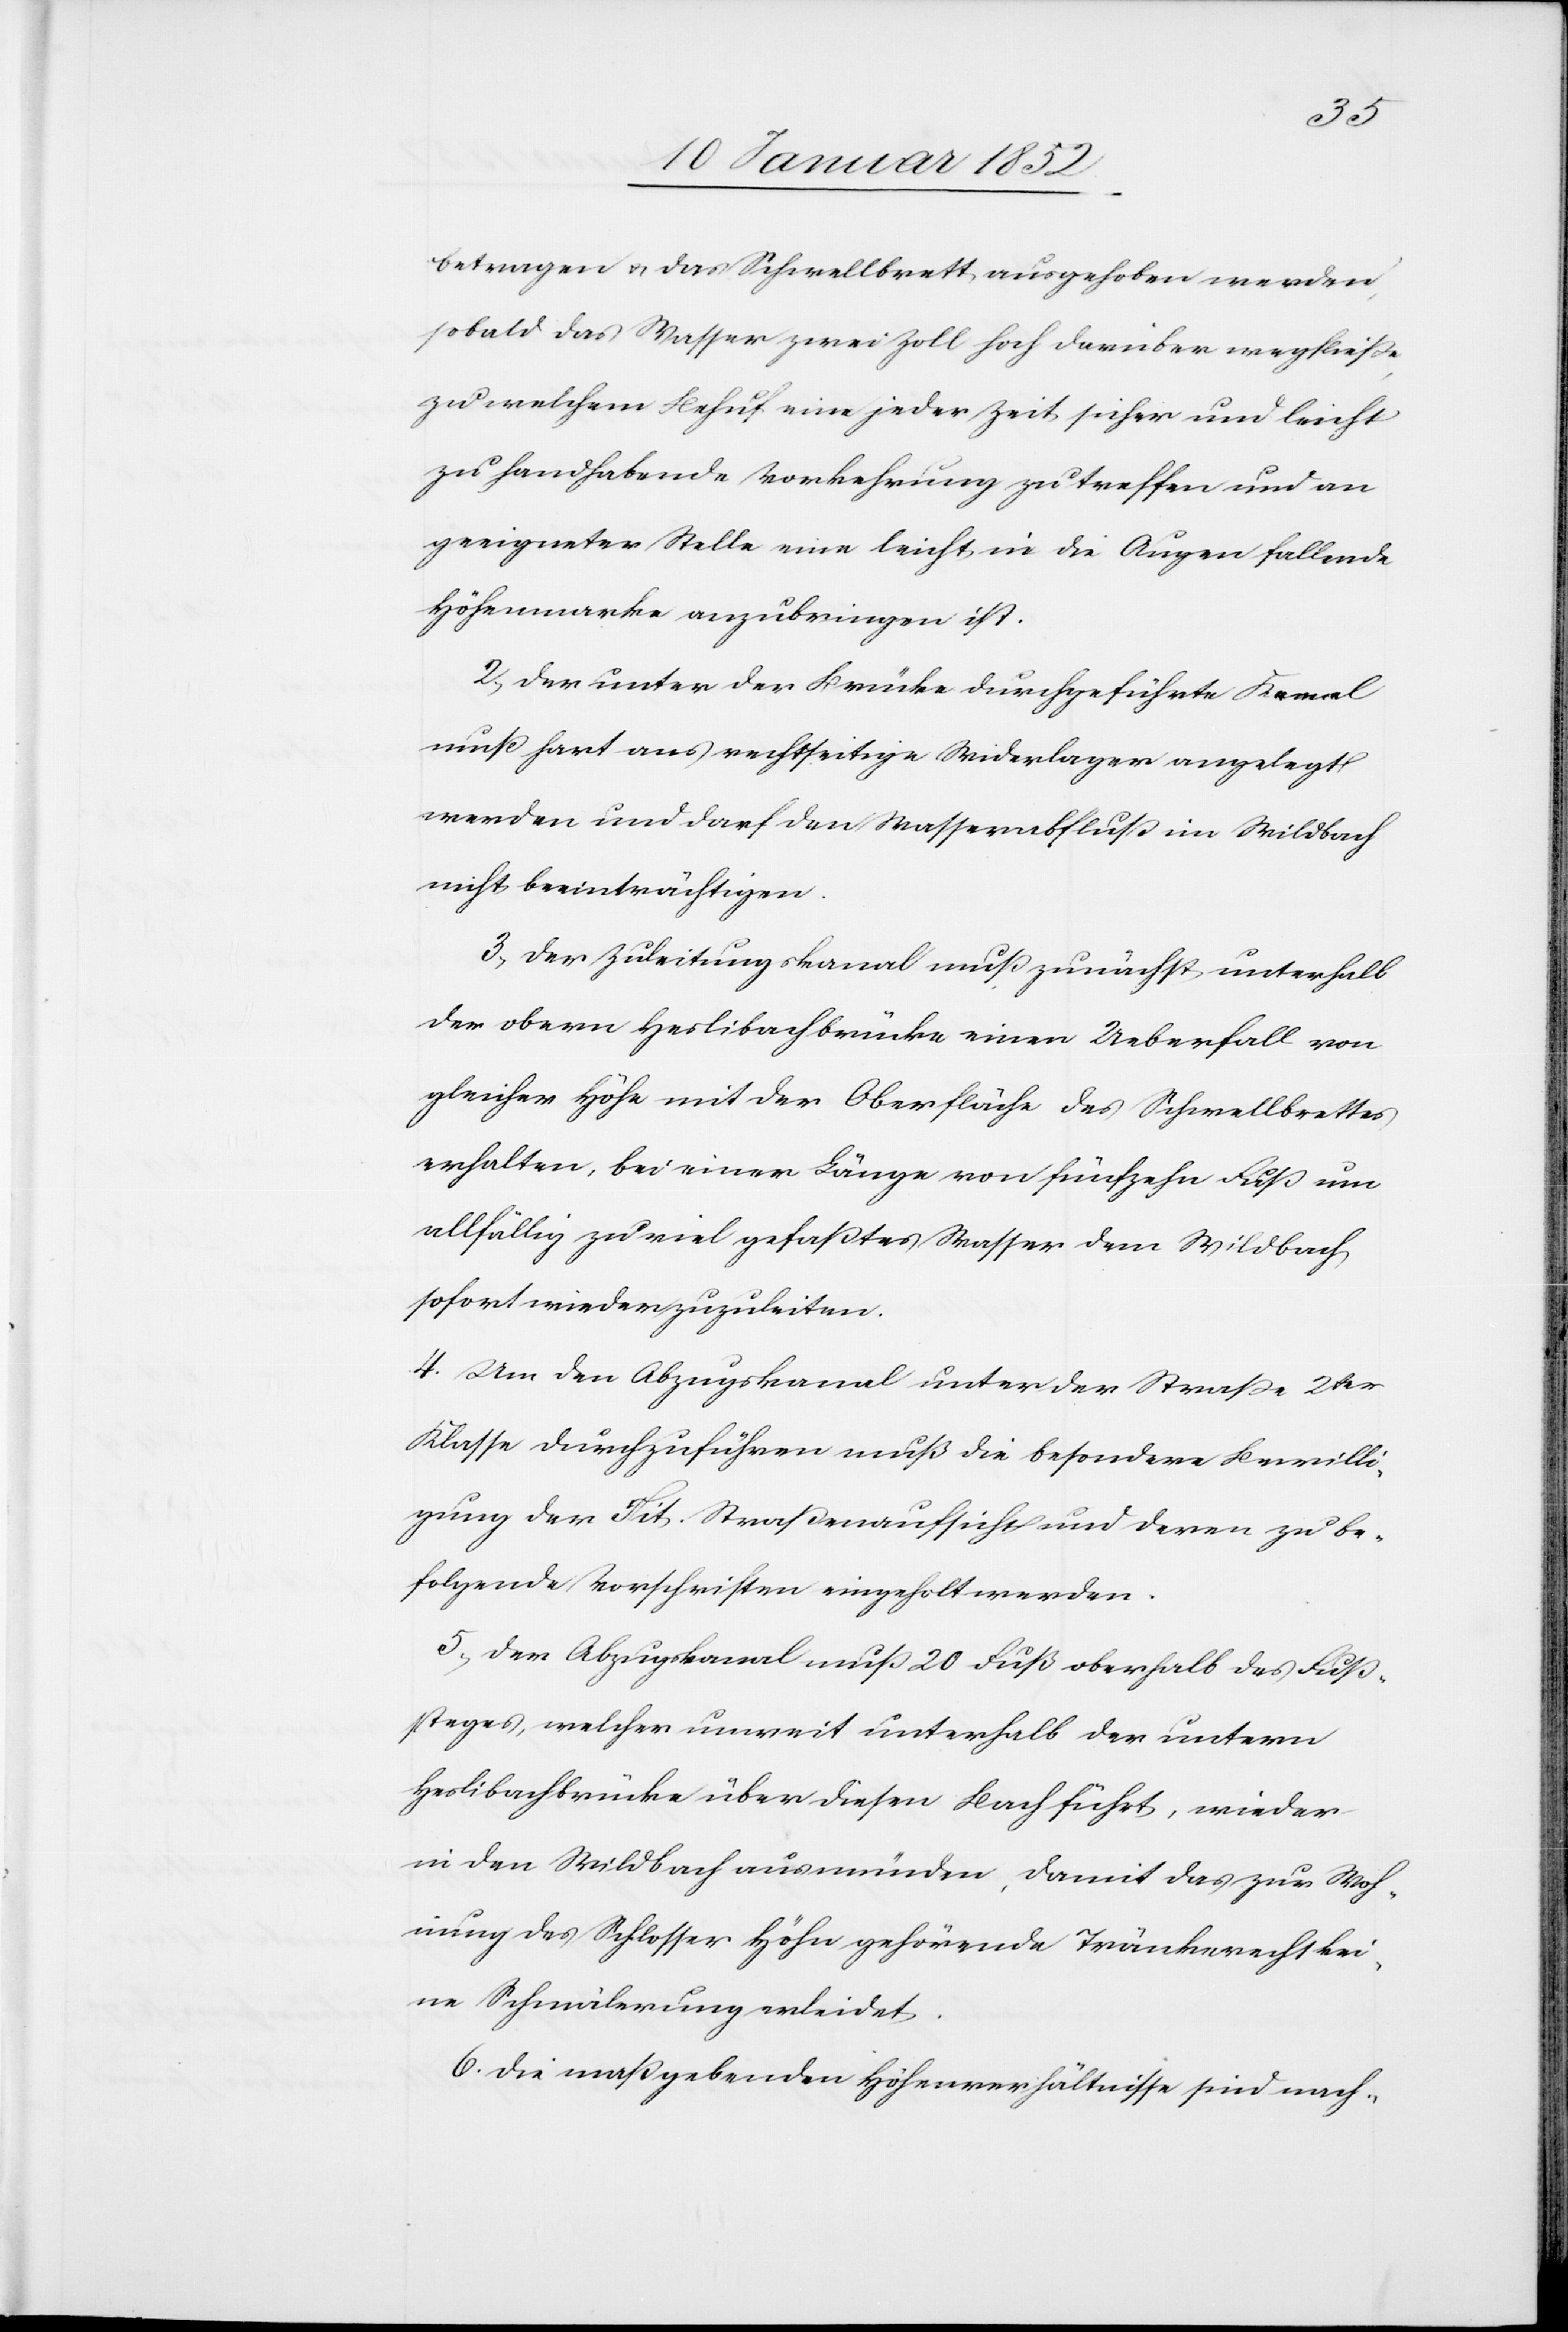
betragen u. das Schwellbrett ausgehoben werden,
sobald das Wasser zwei Zoll hoch darüber wegfließe
zu welchem Behuf eine jeder Zeit sicher und leicht
zu handhabende Vorkehrung zu treffen und an
geeigneter Stelle eine leicht in die Augen fallende
Höhemarke anzubringen ist.
2. Der unter der Brücke durchgeführte Kennel
muß hart ans rechtseitige Widerlager angelegt
werden und darf den Wasserabfluß im Wildbach
nicht beeinträchtigen.
3. Der Zuleitungskanal muß zunächst unterhalb
der obern Heslibachbrücke einen Ueberfall von
gleicher Höhe mit der Oberfläche des Schwellbrettes
erhalten, bei einer Länge von fünfzehn Fuß um
allfällig zu viel gefaßtes Wasser dem Wildbach
sofort wiederzuzuleiten.
4. Um den Abzugskanal unter der Straße 2ter
Klasse durchzuführen muß die besondere Bewilli¬
gung der Tit. Straßenaufsicht und deren zu be¬
folgende Vorschriften eingeholt werden.
5. Der Abzugskanal muß 20 Fuß oberhalb des Fuß¬
steges, welcher unweit unterhalb der untern
Heslibachbrücke über diesen Bach führt, wieder
in den Wildbach ausmünden, damit das zur Woh¬
nung des Schlossers Höhn gehörende Tränkerecht kei¬
ne Schmälerung erleidet.
6. Die maßgebenden Höhenverhältnisse sind nach-